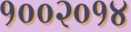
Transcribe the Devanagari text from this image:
१००२०१४